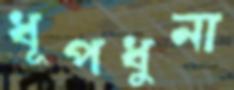
ধূপধুনা